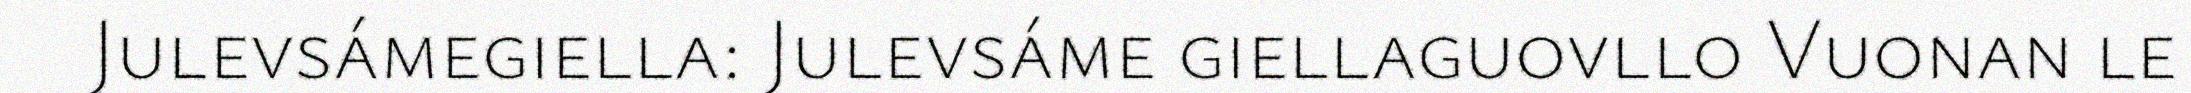
Julevsámegiella: Julevsáme giellaguovllo Vuonan le